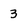
Character: 3